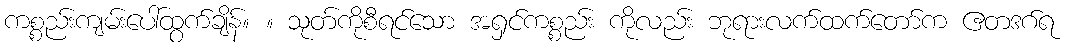
ကစ္စည်းကျမ်းပေါ်ထွက်ချိန်။ ။ သုတ်ကိုစီရင်သော အရှင်ကစ္စည်း ကိုလည်း ဘုရားလက်ထက်တော်က ဧတဒဂ်ရ